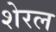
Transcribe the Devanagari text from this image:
शेरल